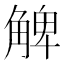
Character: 䚜